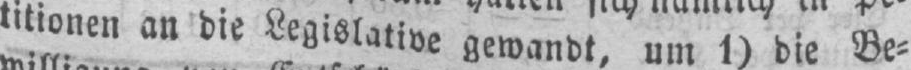
titionen an die Legislative gewandt, um 1) die Be⸗